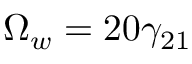
\Omega _ { w } = 2 0 \gamma _ { 2 1 }